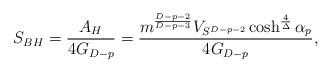
LaTeX: \begin{align*}S_{BH}={{A_H}\over{4G_{D-p}}}={{m^{{D-p-2}\over{D-p-3}}V_{S^{D-p-2}}\cosh^{4\over{\Delta}}\alpha_p}\over{4G_{D-p}}},\end{align*}